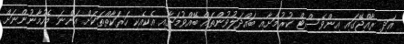
އަދި ރާއްޖޭގައި އިންވެސްޓް ކުރުމަށާއި ބައްދަލުވުންތައް ބޭއްވުމަށާއި އެކިއެކި ހަރަކާތްތަކަށް އަންނަ މެހުމާނުންނަށް